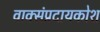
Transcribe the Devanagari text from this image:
वाक्संप्रदायकोश